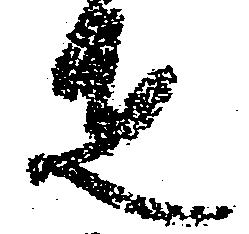
疋